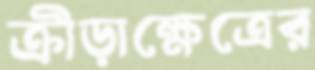
ক্রীড়াক্ষেত্রের